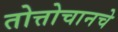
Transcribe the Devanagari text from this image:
तोत्तोचानचे